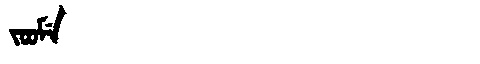
Manchu: ᠵᠣᠣᠮᡝ
Romanization: JOOME